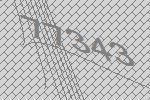
77343